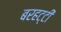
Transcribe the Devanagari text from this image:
बरहट्टी